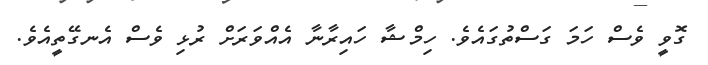
ގޮވީ ވެސް ހަމަ ގަސްތުގައެވެ. ހިމްޝާ ހައިރާނާ އެއްވަރަށް ރުޅި ވެސް އެނގޭތީއެވެ.